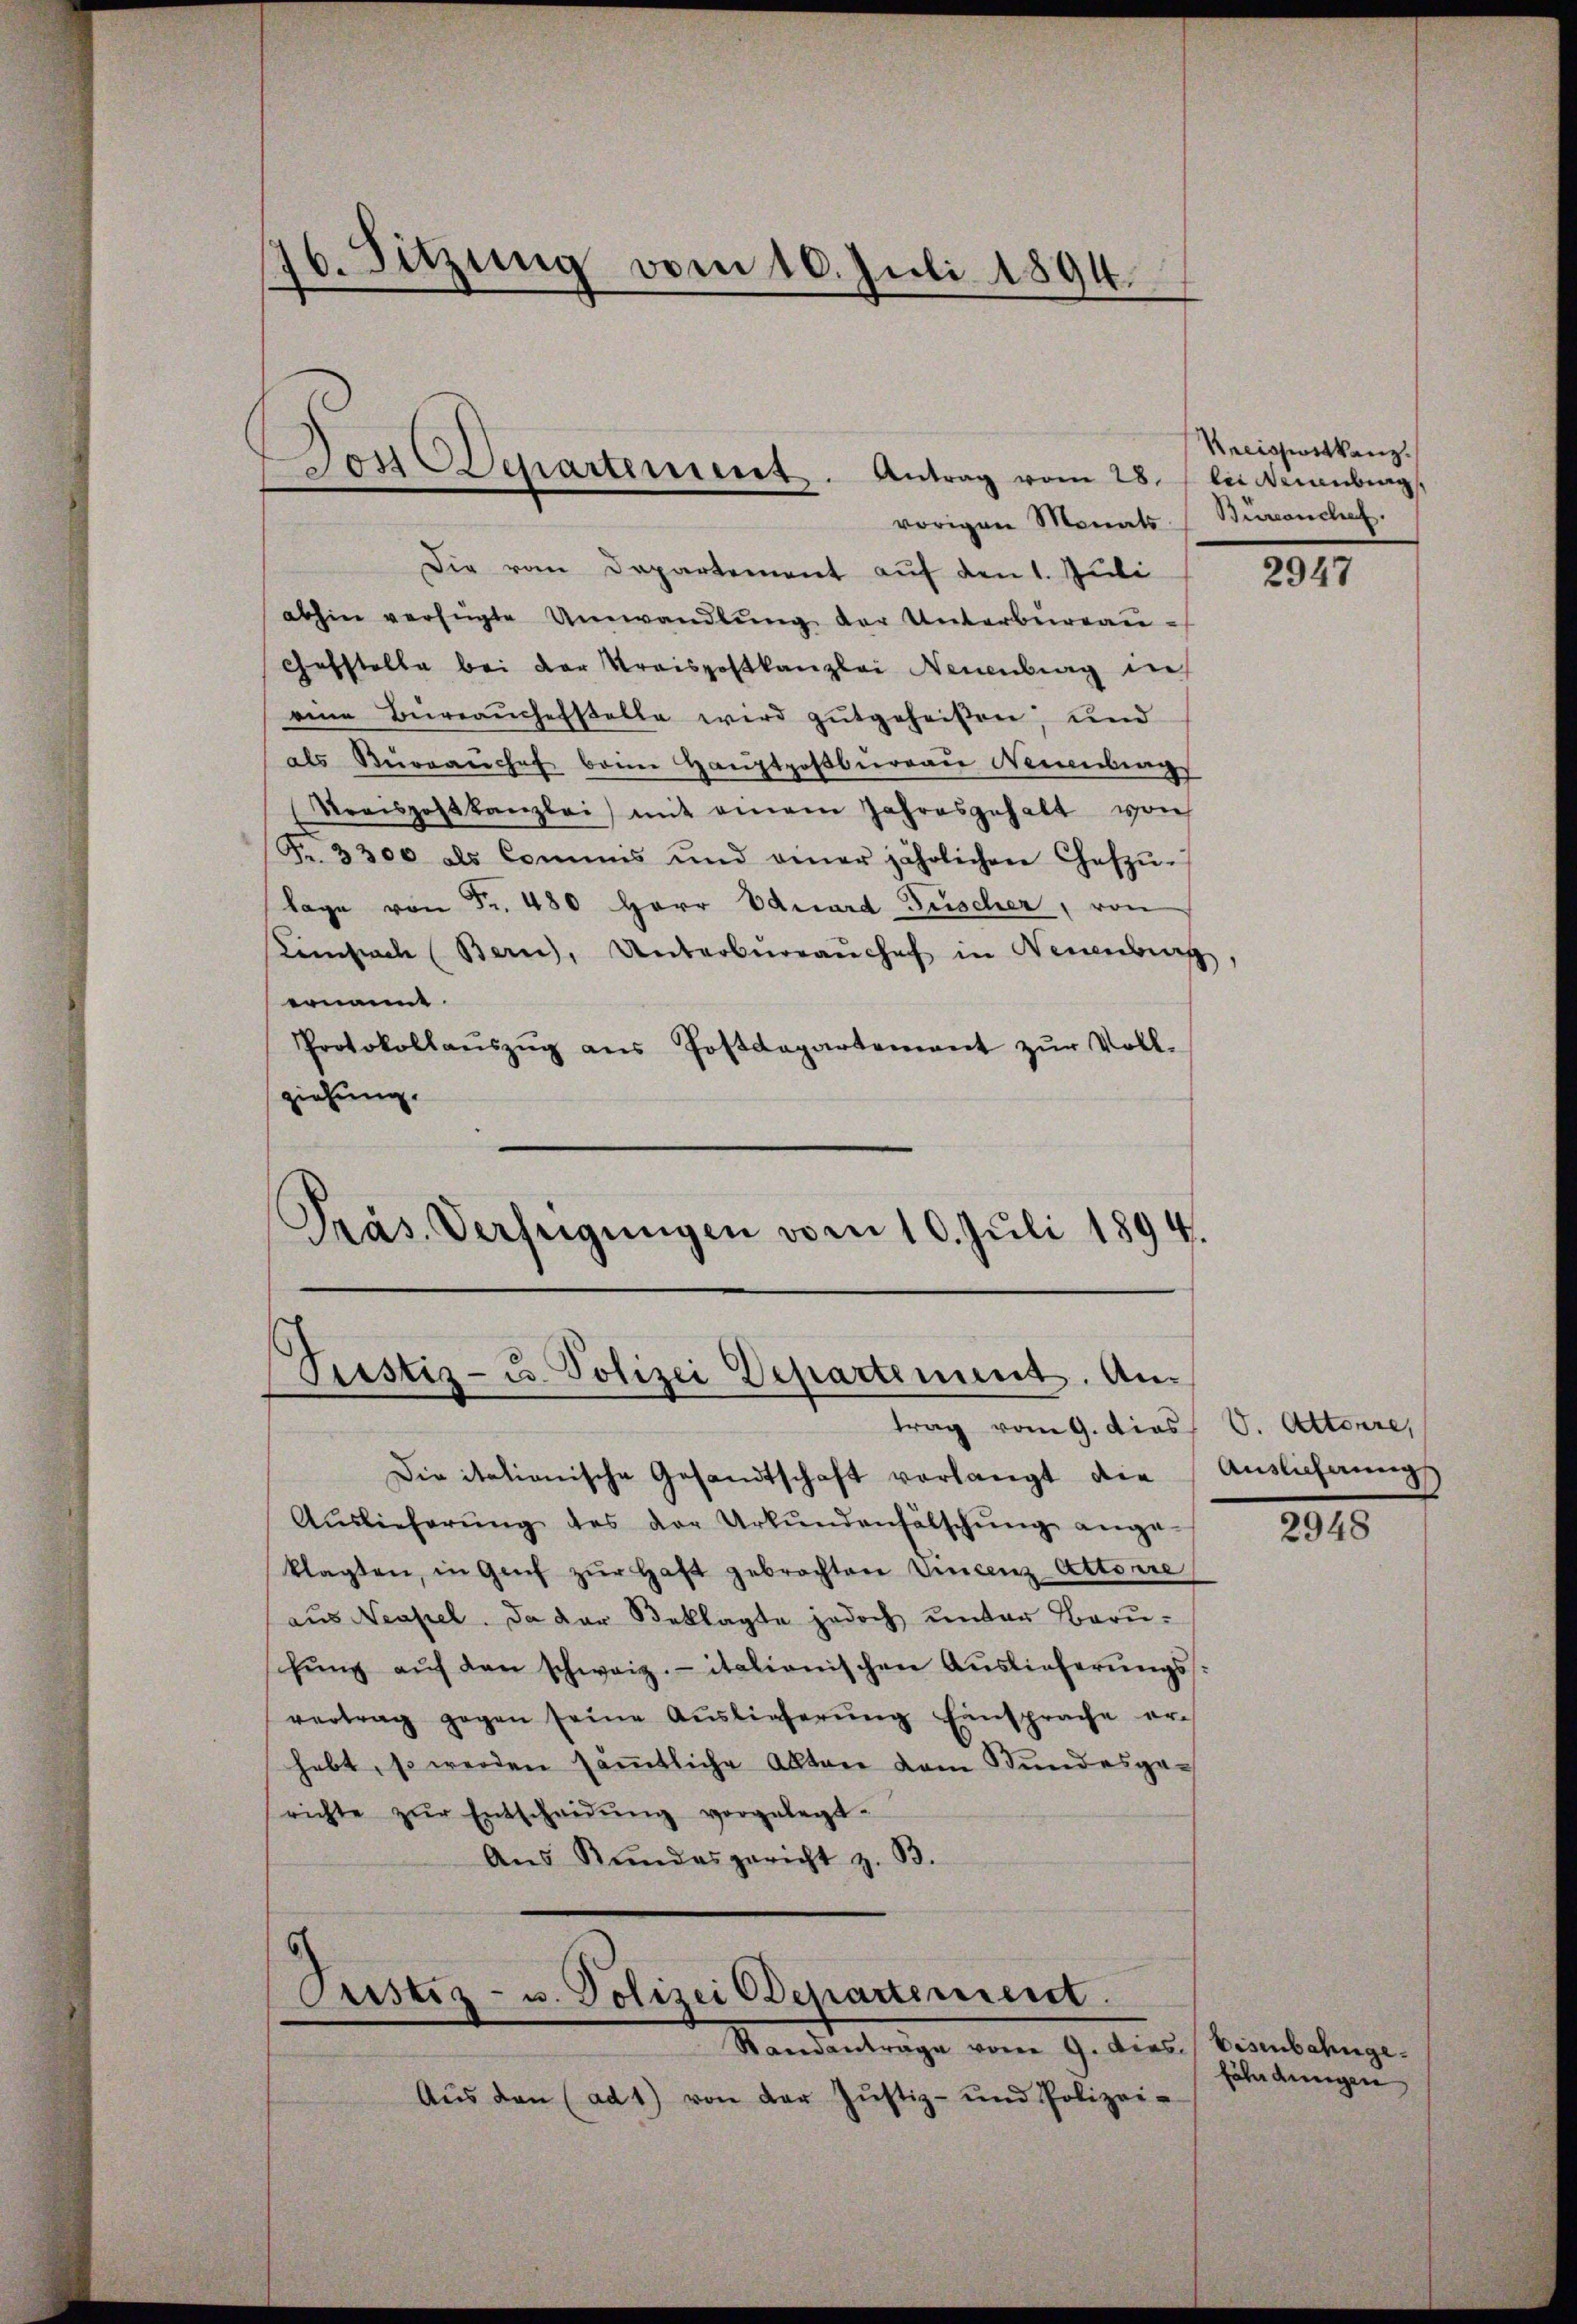
76. Sitzung vom 10. Juli 1894.
f

Don Departement. Antrag vom 28.
vorigen Monats (Buranchef.

Die vom Departement auf den 1. Juli 2947
abhin verfügte Umwandlŭng der Unterbereaŭ-
Gefstelle bei der Kreispostkanzlei Neuenburg in
eine Büreaŭchefstelle wird gutgeheißen; und
als Kuranchef beim Haŭptpostbüreaŭ Nennings
Vrrispostkanzlei mit einem Jahresgehalt von
Fr. 3300 als Commis und einer jährlichen Ceszŭ-
lage von Fr. 480 Herr Eduard Fischer, von
Einsich (Bern, Unterbraŭchef in Neuenburg.
ernannt.
Protokollaŭszŭg ans Postdepartement zŭr Voll-
ziehung.
Präs. Verfügŭngen vom 10. Juli 1894.

Justiz- u. Polizei Departement. An¬

6
Justiz- u. Polizei Departement.

trag vom 9. dies V. Attonre,
Die itationische Gesandtschaft verlangt die
Aŭslieferŭng des der Urkŭndenfälschŭng ange-
klagten, in Genf zŭr Haft gebrachten Vincenz Attoire
aus Neapel. Da der Beklagte jedoch unter Beruschung auf den schweiz. italionischen Auslieferungsvertrag gegen seine Aŭslieferŭng Einsprache er-
habt, so werden sämtliche Akten dem Stundesgerichte zŭr Entscheidŭng vorgelegt.
Aŭs Rŭndesgericht z. B.

Standantrage vom 9. Dies Eisenbahnge¬
Aŭs den (ad 1) von der Justiz- und Polizei-

Recipistkanz
lii raubung

Auslichnung

2948

fährdungen